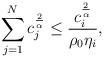
LaTeX: \begin{align*} \sum_{j=1}^{N}c_j^{\frac{2}{\alpha}}\leq \frac{c^{\frac{2}{\alpha}}_i}{\rho_0\eta_i} , \end{align*}